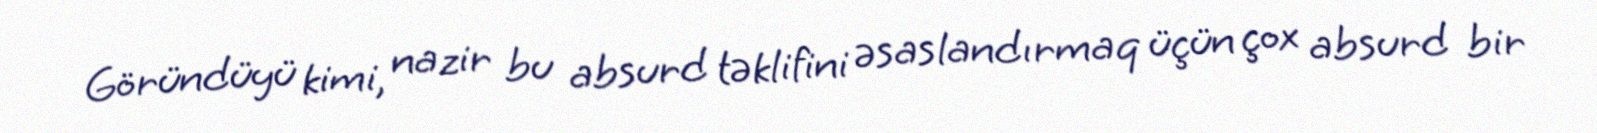
Göründüyü kimi, nazir bu absurd təklifini əsaslandırmaq üçün çox absurd bir